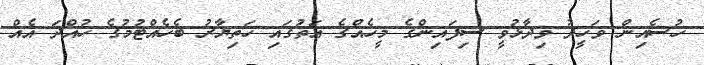
ހުސެއިން ވަހީދު ވިދާޅުވީ ސިފައިންގެ މީހެއްގެ އަތުގައި ހަތިޔާރު ބެހެއްޓުމުގެ ހުއްދަ އެއް